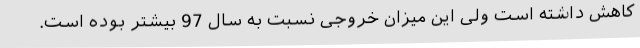
کاهش داشته است ولی این میزان خروجی نسبت به سال 97 بیشتر بوده است.